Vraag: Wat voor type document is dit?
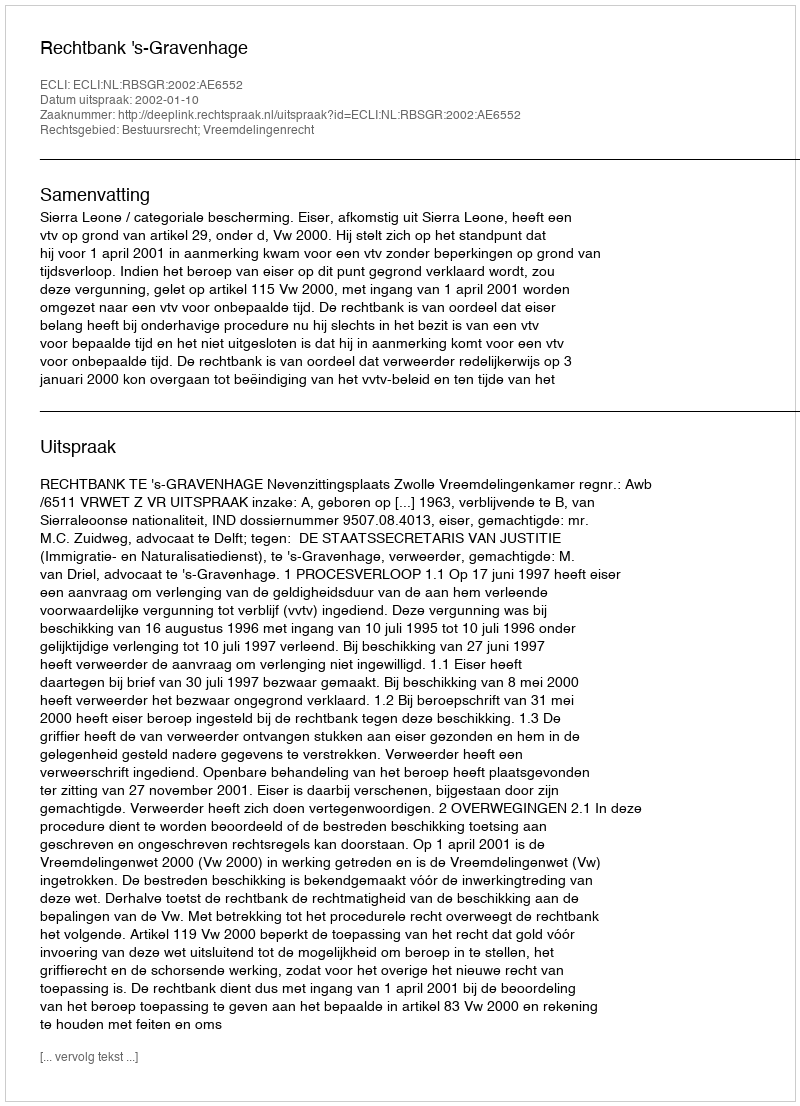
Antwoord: Uitspraak